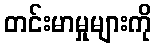
တင်းမာမှုများကို